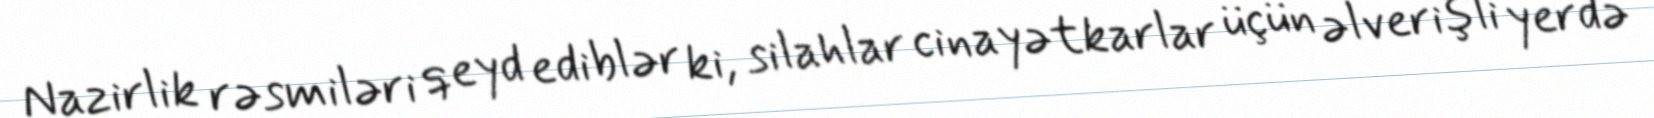
Nazirlik rəsmiləri qeyd ediblər ki, silahlar cinayətkarlar üçün əlverişli yerdə